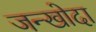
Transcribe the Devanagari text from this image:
जन्खोदा